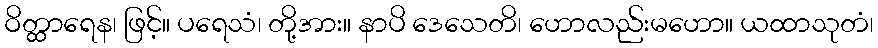
ဝိတ္ထာရေန၊ ဖြင့်။ ပရေသံ၊ တို့အား။ နာပိ ဒေသေတိ၊ ဟောလည်းမဟော။ ယထာသုတံ၊